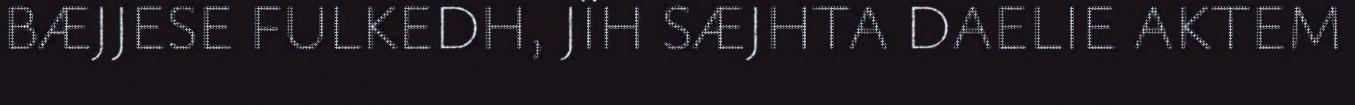
BÆJJESE FULKEDH, JÏH SÆJHTA DAELIE AKTEM